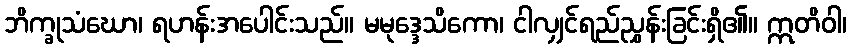
ဘိက္ခုသံဃော၊ ရဟန်းအပေါင်းသည်။ မမုဒ္ဒေသိကော၊ ငါလျှင်ရည်ညွှန်းခြင်းရှိ၏။ ဣတိဝါ၊